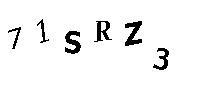
71SRZ3